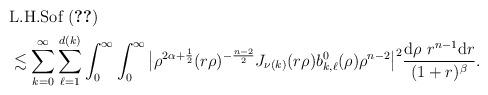
LaTeX: \begin{align*}&\text{L.H.Sof}~\eqref{3.9}\\&\lesssim\sum_{k=0}^{\infty}\sum_{\ell=1}^{d(k)}\int_{0}^\infty\int_{0}^\infty\big|\rho^{2\alpha+\frac12}(r\rho)^{-\frac{n-2}2}J_{\nu(k)}(r\rho)b^0_{k,\ell}(\rho)\rho^{n-2}\big|^2\frac{\mathrm{d}\rho ~r^{n-1}\mathrm{d}r}{(1+r)^\beta}.\end{align*}